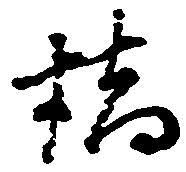
橋